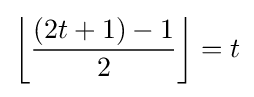
\left\lfloor {\frac {(2t+1)-1}{2}}\right\rfloor =t